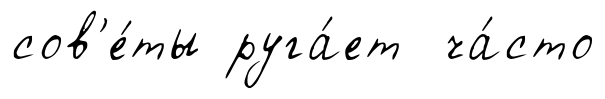
сов'е́ты руга́ет ча́сто